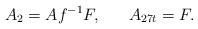
LaTeX: \begin{align*}A_{2} = A f^{-1} F,\ \ \ \ \ A_{27t} = F.\end{align*}